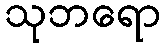
သုဘရော